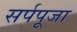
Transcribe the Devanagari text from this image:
सर्पपूजा